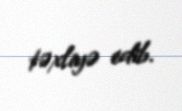
təxliyə edib.